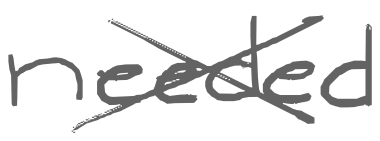
Text: needed
Cross-out: cross
Writing tool: digital_gray